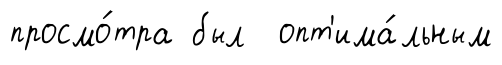
просмо́тра был опт'има́льным